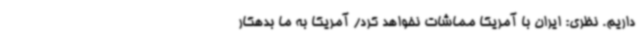
داریم. نظری: ایران با آمریکا مماشات نخواهد کرد/ آمریکا به ما بدهکار